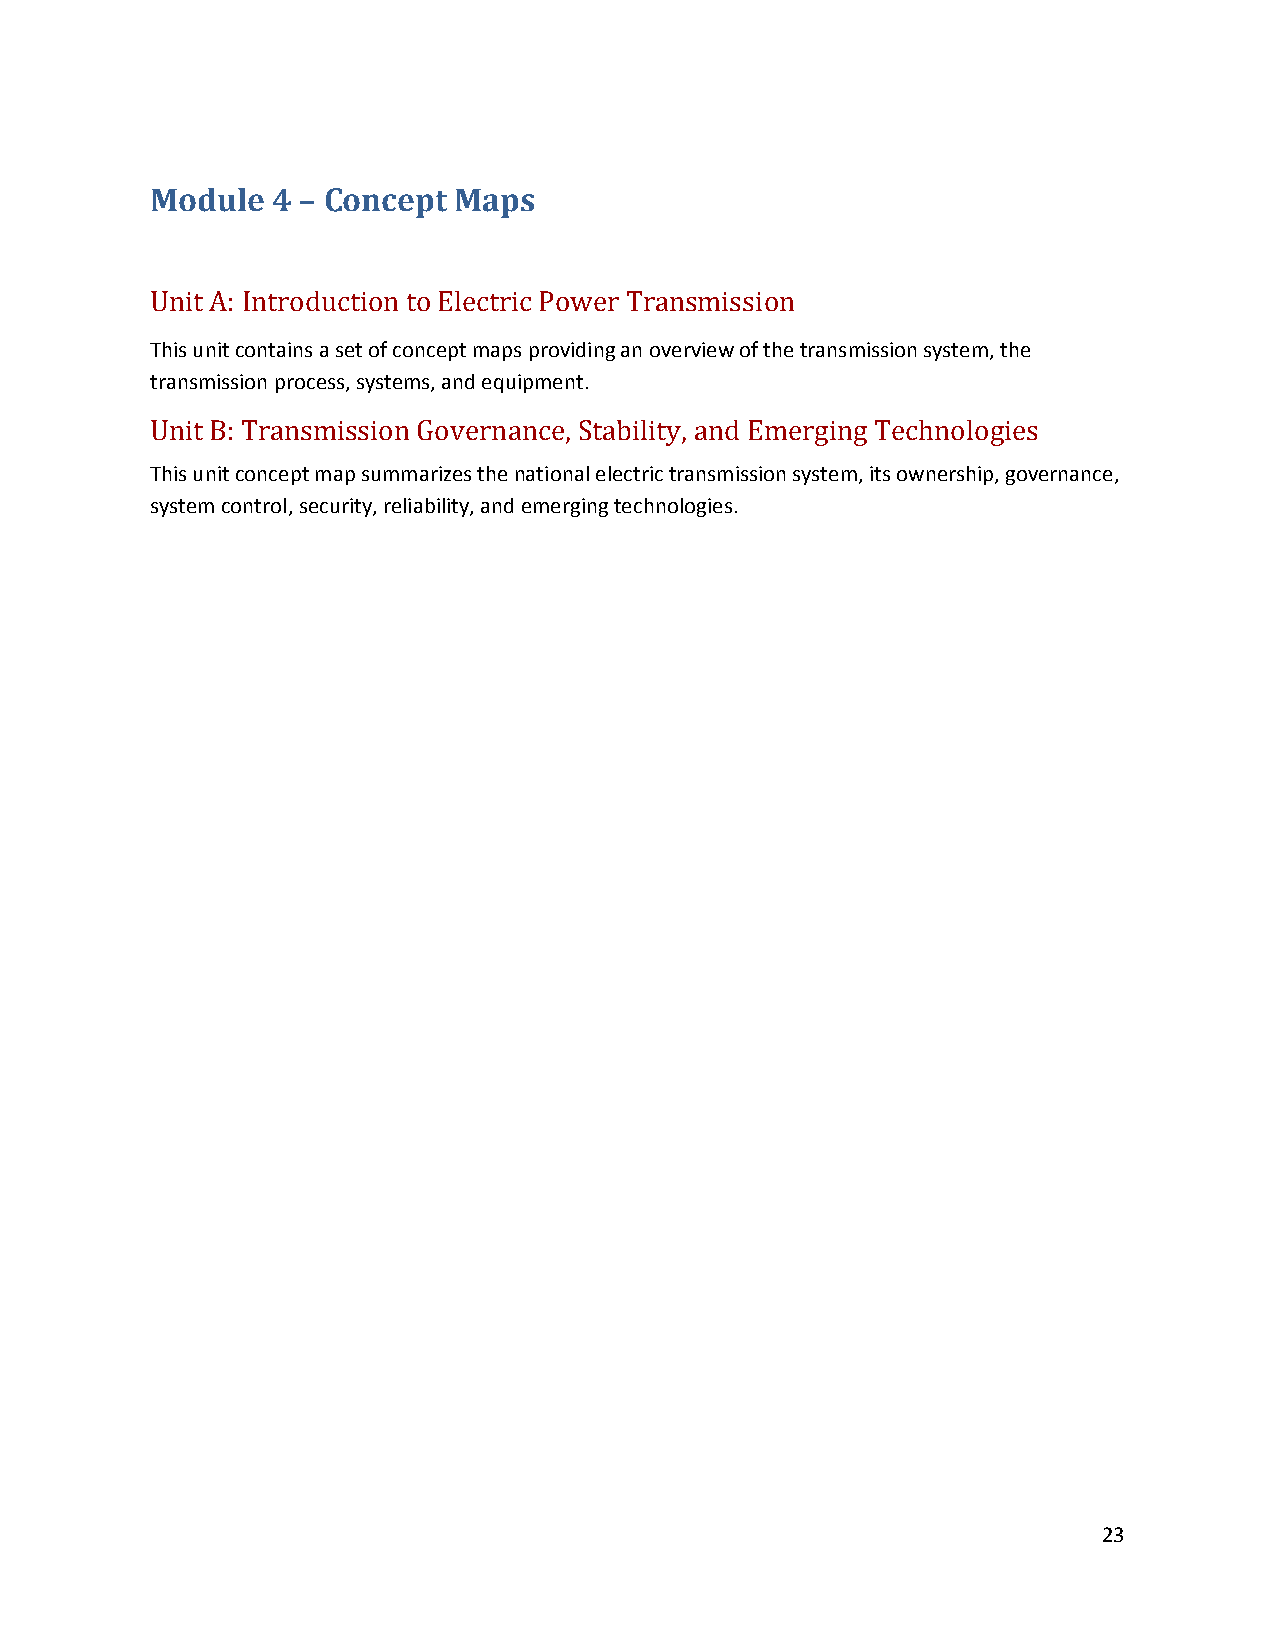
Module  4 – Concept Maps
 Unit A: Introduction to Electric Power Transmission
 This unit contains a set of concept maps providing an overview of the transmission system, the
 transmission process, systems, and equipment.
 Unit B: Transmission Governance, Stability, and Emerging Technologies
 This unit concept map summarizes the national electric transmission system, its ownership, governance,
 system control, security, reliability, and emerging technologies.
 23